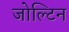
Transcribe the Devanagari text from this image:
जोल्टिन